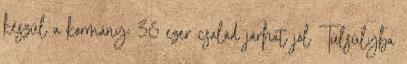
készül a kormány: 36 ezer család járhat jól Túlsúlyba